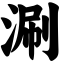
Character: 涮